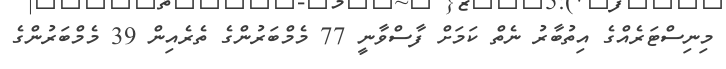
މިނިސްޓަރެއްގެ އިތުބާރު ނެތް ކަމަށް ފާސްވާނީ 77 މެމްބަރުންގެ ތެރެއިން 39 މެމްބަރުންގެ